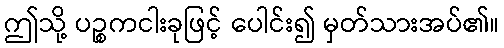
ဤသို့ ပဉ္စကငါးခုဖြင့် ပေါင်း၍ မှတ်သားအပ်၏။